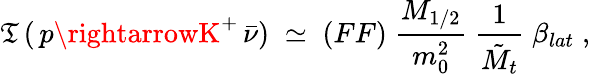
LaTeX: \mathfrak{T}\, (\, p\rightarrowK^{+}\, \bar{{\nu}})\; \simeq\; (FF)\; \frac{{M_{1/2}}}{{m_{0}^{2}}}\; \frac{{1}}{{\tilde{{M}}_{t}}}\; \beta_{lat}\; ,